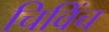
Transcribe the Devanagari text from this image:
चिविंच